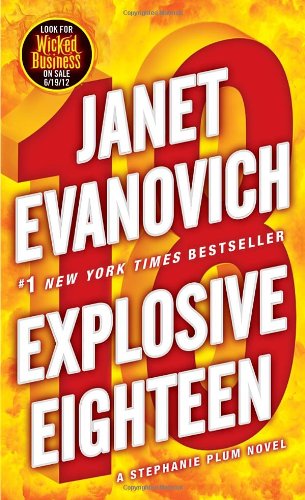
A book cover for Explosive Eighteen (Stephanie Plum); Janet Evanovich; Romance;